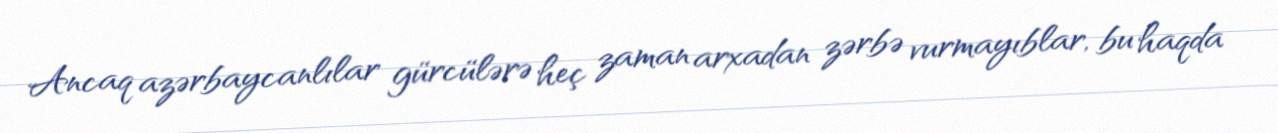
Ancaq azərbaycanlılar gürcülərə heç zaman arxadan zərbə vurmayıblar, bu haqda